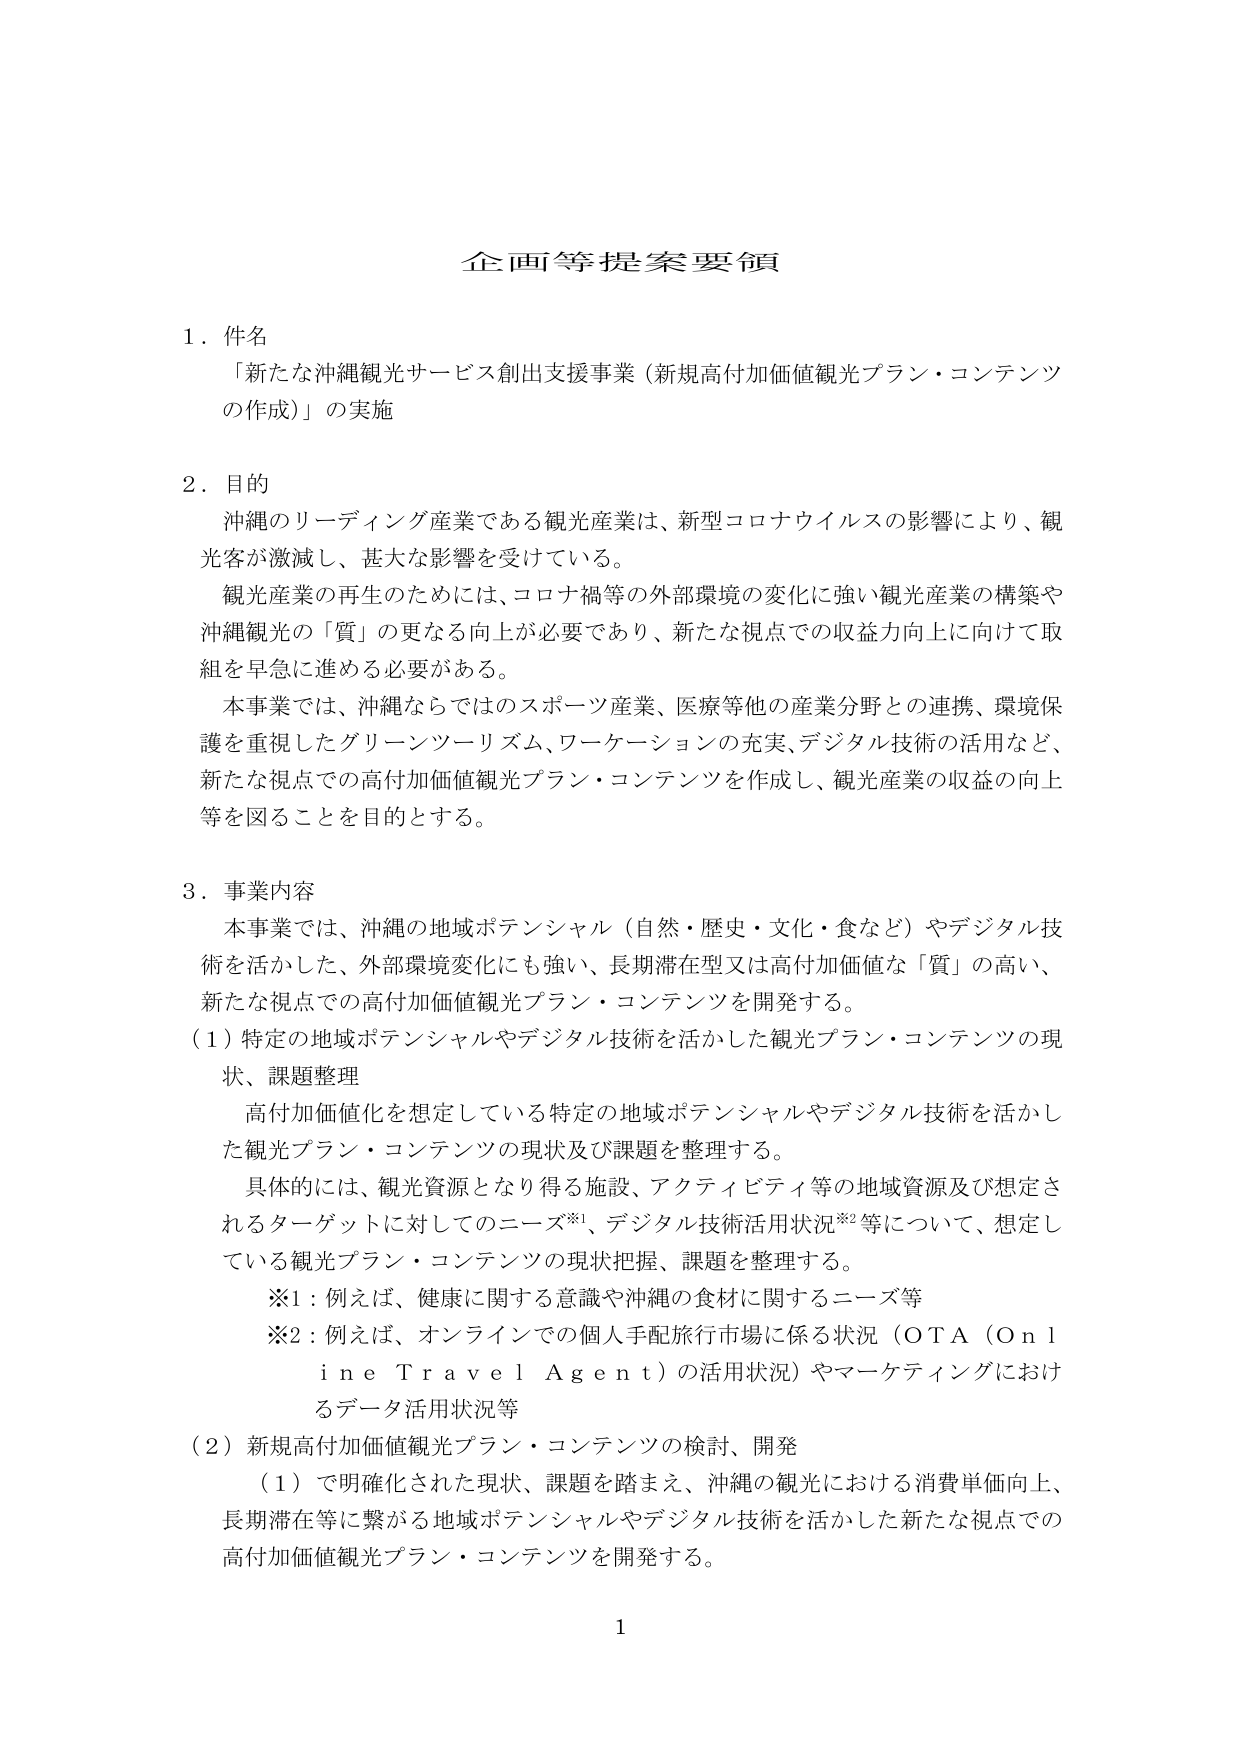
企画等提案要領

1．件名
「新たな沖縄観光サービス創出支援事業（新規高付加価値観光プラン・コンテンツの作成）」の実施

2．目的
沖縄のリーディング産業である観光産業は、新型コロナウイルスの影響により、観光客が激減し、甚大な影響を受けている。
観光産業の再生のためには、コロナ禍等の外部環境の変化に強い観光産業の構築や沖縄観光の「質」の更なる向上が必要であり、新たな視点での収益力向上に向けて取組を早急に進める必要がある。
本事業では、沖縄ならではのスポーツ産業、医療等他の産業分野との連携、環境保護を重視したグリーンツーリズム、ワーケーションの充実、デジタル技術の活用など、新たな視点での高付加価値観光プラン・コンテンツを作成し、観光産業の収益の向上等を図ることを目的とする。

3．事業内容
本事業では、沖縄の地域ポテンシャル（自然・歴史・文化・食など）やデジタル技術を活かした、外部環境変化にも強い、長期滞在型又は高付加価値な「質」の高い、新たな視点での高付加価値観光プラン・コンテンツを開発する。
（1）特定の地域ポテンシャルやデジタル技術を活かした観光プラン・コンテンツの現状、課題整理
高付加価値化を想定している特定の地域ポテンシャルやデジタル技術を活かした観光プラン・コンテンツの現状及び課題を整理する。
具体的には、観光資源となり得る施設、アクティビティ等の地域資源及び想定されるターゲットに対してのニーズ※1、デジタル技術活用状況※2等について、想定している観光プラン・コンテンツの現状把握、課題を整理する。
※1：例えば、健康に関する意識や沖縄の食材に関するニーズ等
※2：例えば、オンラインでの個人手配旅行市場に係る状況（OTA（Online Travel Agent）の活用状況）やマーケティングにおけるデータ活用状況等
（2）新規高付加価値観光プラン・コンテンツの検討、開発
（1）で明確化された現状、課題を踏まえ、沖縄の観光における消費単価向上、長期滞在等に繋がる地域ポテンシャルやデジタル技術を活かした新たな視点での高付加価値観光プラン・コンテンツを開発する。

1